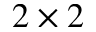
2 \times 2